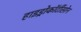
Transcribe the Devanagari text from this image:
हाइड्रोकॉर्टीसोन